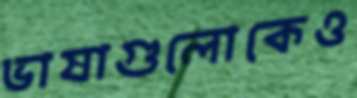
ভাষাগুলোকেও